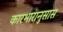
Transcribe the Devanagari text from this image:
कारभारानुसास